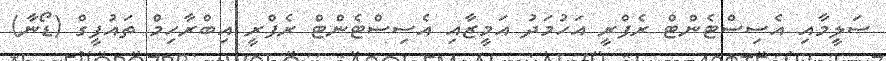
ސަލީމާއި އެސިސްޓެންޓް ރެފްރީ އަހުމަދު އަމީޒާއި އެސިސްޓެންޓް ރެފްރީ އިބްރާހިމް ތައުފީގް (ޑޯނާ)